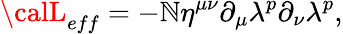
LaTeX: {\calL}_{eff}=-\mathbb{N}\eta^{\mu\nu}\partial_{\mu}\lambda^{p}\partial_{\nu}\lambda^{p},